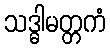
သဒ္ဓါမတ္တကံ